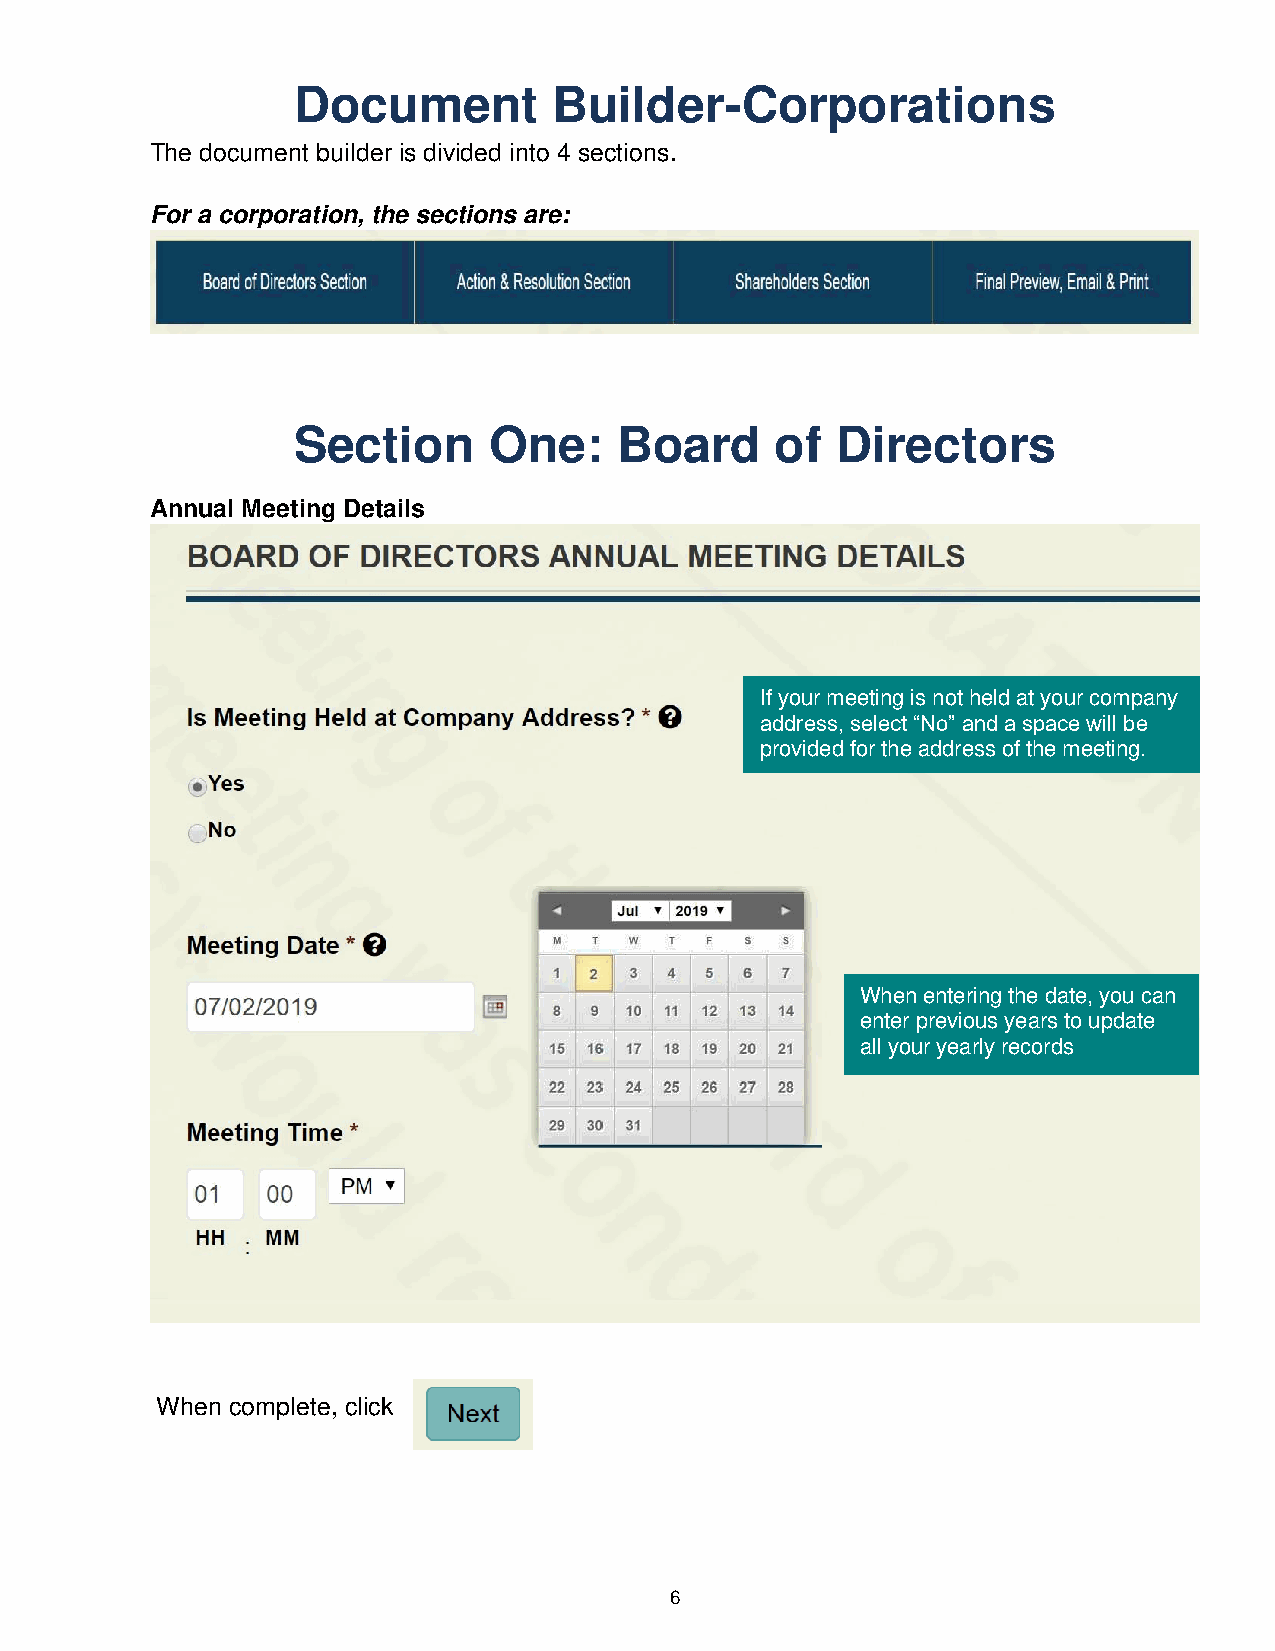
Document          Builder-Corporations
 The document builder is divided into 4 sections.
 For a corporation, the sections are:
 Section      One:     Board     of  Directors
 Annual Meeting Details
 If your meeting is not held at your company
 address, select “No” and a space will be
 provided for the address of the meeting.
 When entering the date, you can
 enter previous years to update
 all your yearly records
 When complete, click
 6